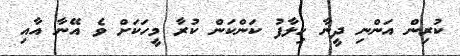
ކުރިން އަންނި ދީނާ ހިލާފު ކަންކަން ކުރާ މީހަކަށް ވެ އޭނާ އާއި